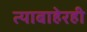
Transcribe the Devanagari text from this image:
त्याबाहेरही